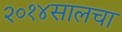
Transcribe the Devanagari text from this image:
२०१४सालचा